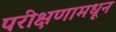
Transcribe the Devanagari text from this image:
परीक्षणामधून